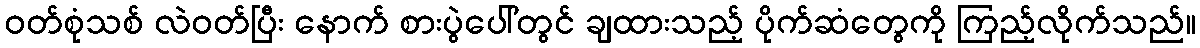
ဝတ်စုံသစ် လဲဝတ်ပြီး နောက် စားပွဲပေါ်တွင် ချထားသည့် ပိုက်ဆံတွေကို ကြည့်လိုက်သည်။